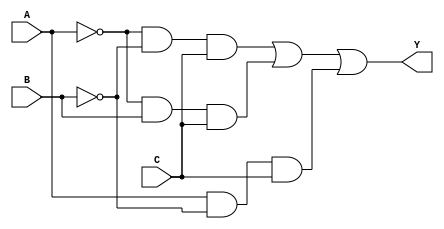
module kmap_3var (
    input wire A,       // Input variable A
    input wire B,       // Input variable B
    input wire C,       // Input variable C
    output wire Y       // Output variable Y
);

// Internal wire for the K-map minterms
wire Y0, Y1, Y2, Y3, Y4, Y5, Y6, Y7;

// Define the minterms based on the input variables
assign Y0 = ~A & ~B & ~C; // 000
assign Y1 = ~A & ~B & C;  // 001
assign Y2 = ~A & B & ~C;  // 010
assign Y3 = ~A & B & C;   // 011
assign Y4 = A & ~B & ~C;  // 100
assign Y5 = A & ~B & C;   // 101
assign Y6 = A & B & ~C;   // 110
assign Y7 = A & B & C;    // 111

// Output Y based on the minterms selected from the K-map
// Example: If Y1, Y3, and Y5 are '1', then Y = A'B + AB'C
// You can adjust this based on the desired minterms
assign Y = Y1 | Y3 | Y5; // Change this line to select different minterms

endmodule